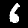
Label: 6